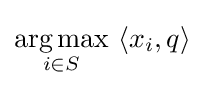
{\underset {i\in S}{\operatorname {arg\,max} }}\ \langle x_{i},q\rangle